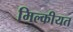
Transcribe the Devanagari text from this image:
मिल्कीयत